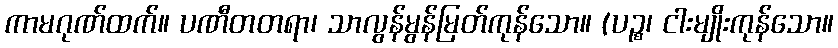
ကာမဂုဏ်ထက်။ ပဏီတတရာ၊ သာလွန်မွန်မြတ်ကုန်သော။ (ပဉ္စ၊ ငါးမျိုးကုန်သော။